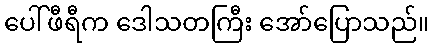
ပေါ်ဖီရီက ဒေါသတကြီး အော်ပြောသည်။